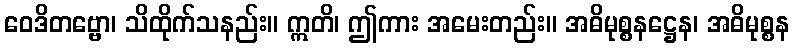
ဝေဒိတဗ္ဗော၊ သိထိုက်သနည်း။ ဣတိ၊ ဤကား အမေးတည်း။ အဓိမုစ္စနဋ္ဌေန၊ အဓိမုစ္စန